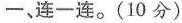
一，连一连。(10分)